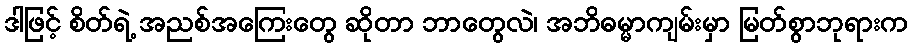
ဒါဖြင့် စိတ်ရဲ့ အညစ်အကြေးတွေ ဆိုတာ ဘာတွေလဲ၊ အဘိဓမ္မာကျမ်းမှာ မြတ်စွာဘုရားက